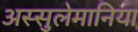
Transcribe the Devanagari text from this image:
अस्सुलेमानिया